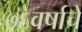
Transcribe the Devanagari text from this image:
७६वर्षाचे